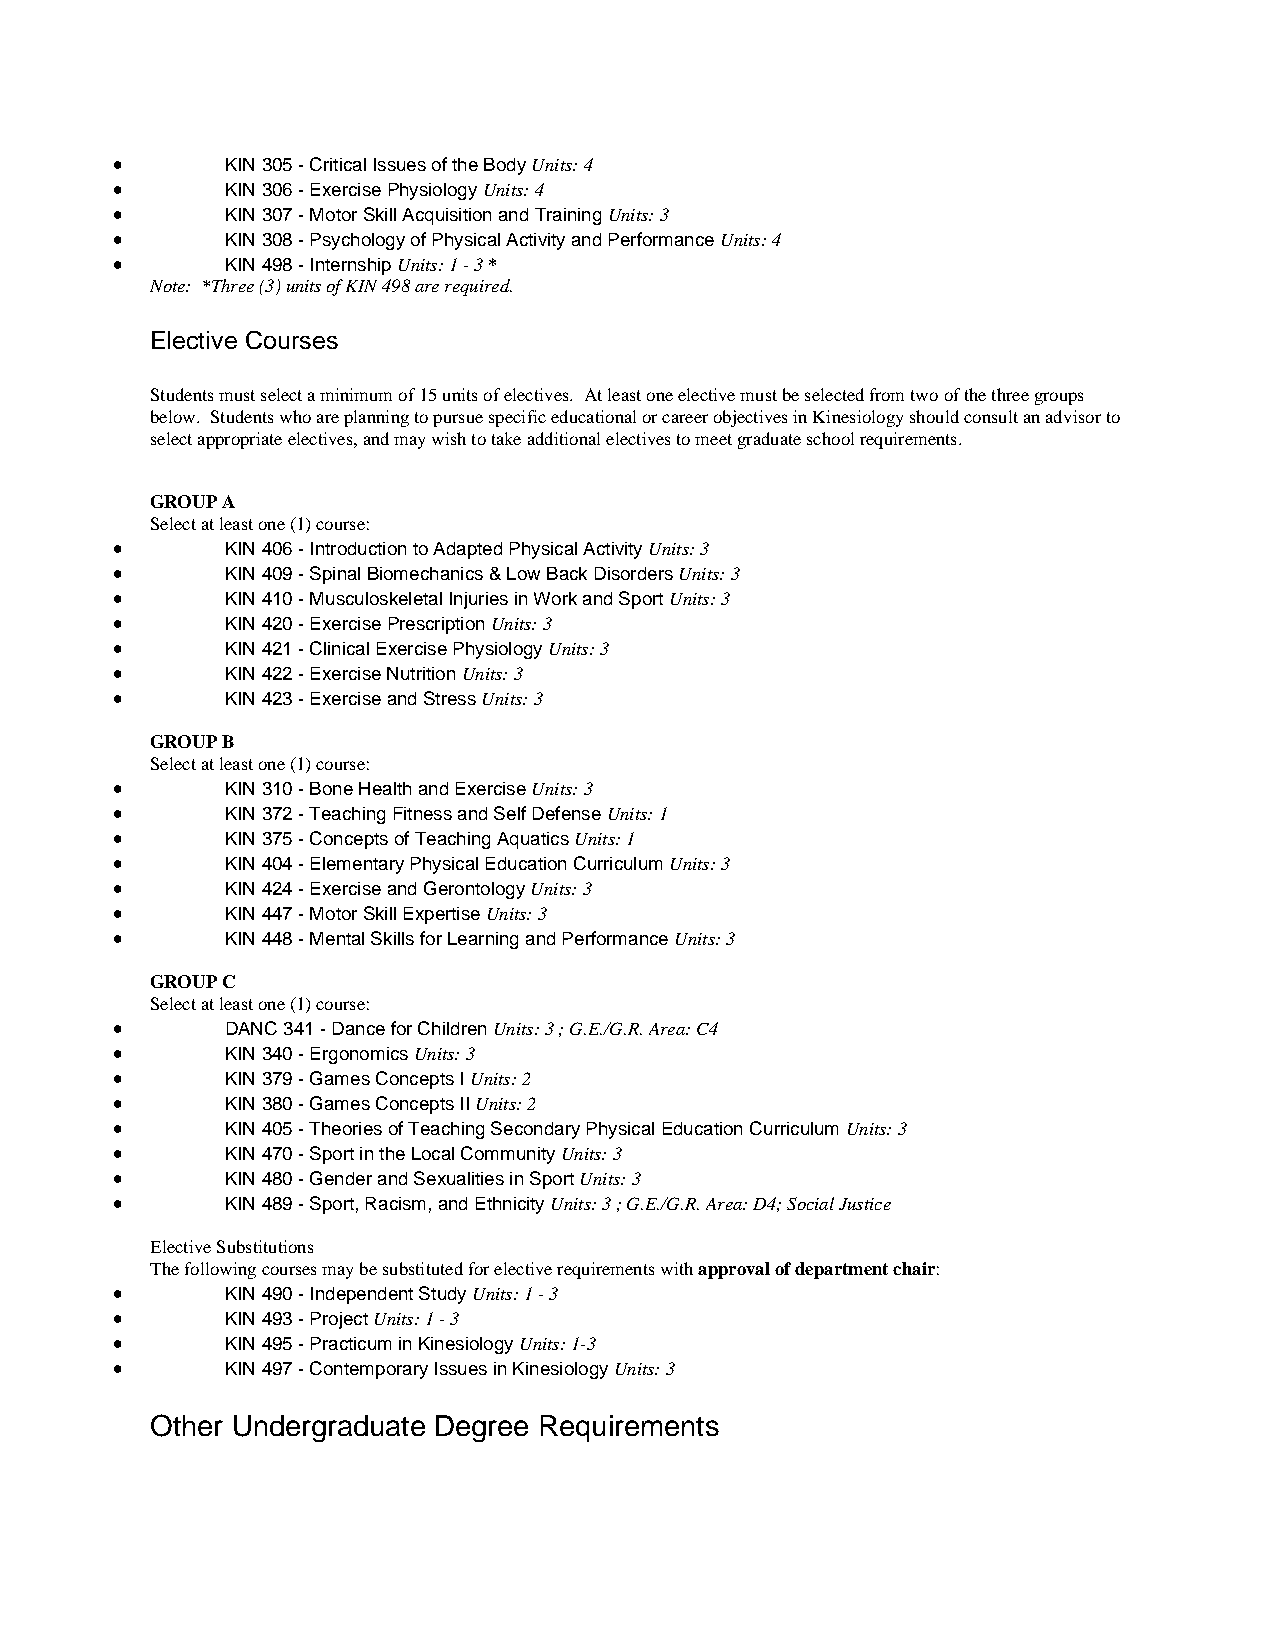
•       KIN 305 - Critical Issues of the Body Units: 4
 •       KIN 306 - Exercise Physiology Units: 4
 •       KIN 307 - Motor Skill Acquisition and Training Units: 3
 •       KIN 308 - Psychology of Physical Activity and Performance Units: 4
 •       KIN 498 - Internship Units: 1 - 3 *
 Note: *Three (3) units of KIN 498 are required.
 Elective Courses
 Students must select a minimum of 15 units of electives. At least one elective must be selected from two of the three groups
 below. Students who are planning to pursue specific educational or career objectives in Kinesiology should consult an advisor to
 select appropriate electives, and may wish to take additional electives to meet graduate school requirements.
 GROUP A
 Select at least one (1) course:
 •       KIN 406 - Introduction to Adapted Physical Activity Units: 3
 •       KIN 409 - Spinal Biomechanics & Low Back Disorders Units: 3
 •       KIN 410 - Musculoskeletal Injuries in Work and Sport Units: 3
 •       KIN 420 - Exercise Prescription Units: 3
 •       KIN 421 - Clinical Exercise Physiology Units: 3
 •       KIN 422 - Exercise Nutrition Units: 3
 •       KIN 423 - Exercise and Stress Units: 3
 GROUP B
 Select at least one (1) course:
 •       KIN 310 - Bone Health and Exercise Units: 3
 •       KIN 372 - Teaching Fitness and Self Defense Units: 1
 •       KIN 375 - Concepts of Teaching Aquatics Units: 1
 •       KIN 404 - Elementary Physical Education Curriculum Units: 3
 •       KIN 424 - Exercise and Gerontology Units: 3
 •       KIN 447 - Motor Skill Expertise Units: 3
 •       KIN 448 - Mental Skills for Learning and Performance Units: 3
 GROUP C
 Select at least one (1) course:
 •       DANC 341 - Dance for Children Units: 3 ; G.E./G.R. Area: C4
 •       KIN 340 - Ergonomics Units: 3
 •       KIN 379 - Games Concepts I Units: 2
 •       KIN 380 - Games Concepts II Units: 2
 •       KIN 405 - Theories of Teaching Secondary Physical Education Curriculum Units: 3
 •       KIN 470 - Sport in the Local Community Units: 3
 •       KIN 480 - Gender and Sexualities in Sport Units: 3
 •       KIN 489 - Sport, Racism, and Ethnicity Units: 3 ; G.E./G.R. Area: D4; Social Justice
 Elective Substitutions
 The following courses may be substituted for elective requirements with approval of department chair:
 •       KIN 490 - Independent Study Units: 1 - 3
 •       KIN 493 - Project Units: 1 - 3
 •       KIN 495 - Practicum in Kinesiology Units: 1-3
 •       KIN 497 - Contemporary Issues in Kinesiology Units: 3
 Other Undergraduate Degree Requirements